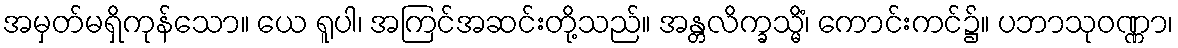
အမှတ်မရှိကုန်သော။ ယေ ရူပါ၊ အကြင်အဆင်းတို့သည်။ အန္တလိက္ခသ္မိံ၊ ကောင်းကင်၌။ ပဘာသုဝဏ္ဏာ၊